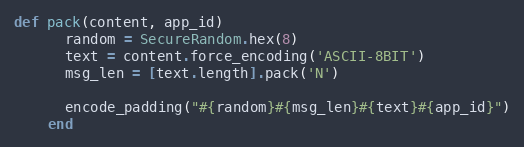
Language: Ruby
def pack(content, app_id)
      random = SecureRandom.hex(8)
      text = content.force_encoding('ASCII-8BIT')
      msg_len = [text.length].pack('N')

      encode_padding("#{random}#{msg_len}#{text}#{app_id}")
    end